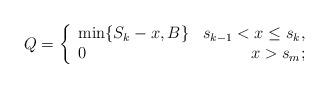
LaTeX: \begin{align*}Q=\left\{\begin{array}{lr}\min\{S_k-x, B\} &s_{k-1}< x\leq s_k, \\0 &x> s_{m};\end{array}\right.\end{align*}